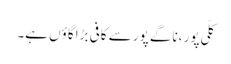
کلّی پور ،ناگے پور سے کافی بڑا گاؤں ہے۔